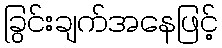
ခြွင်းချက်အနေဖြင့်